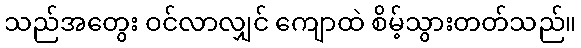
သည်အတွေး ဝင်လာလျှင် ကျောထဲ စိမ့်သွားတတ်သည်။